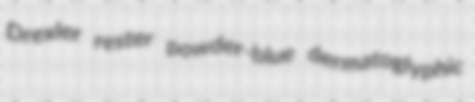
Drexler rester powder-blue dermatoglyphic